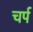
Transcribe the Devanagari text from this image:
चर्प